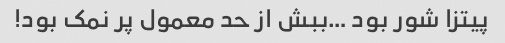
پیتزا شور بود …ببش از حد معمول پر نمک بود!